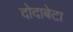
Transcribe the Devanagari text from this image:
दोदाबेटा